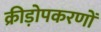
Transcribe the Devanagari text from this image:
क्रीड़ोपकरणों